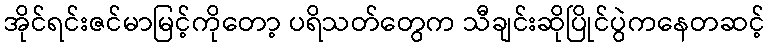
အိုင်ရင်းဇင်မာမြင့်ကိုတော့ ပရိသတ်တွေက သီချင်းဆိုပြိုင်ပွဲကနေတဆင့်